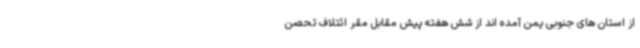
از استان های جنوبی یمن آمده اند از شش هفته پیش مقابل مقر ائتلاف تحصن